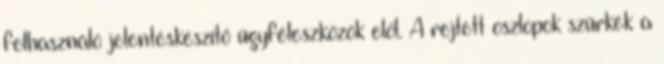
felhasználó jelentéskészítő ügyféleszközök elől. A rejtett oszlopok szürkék a